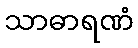
သာဓာရဏံ